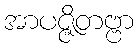
အာပဇ္ဇိတဗ္ဗာ